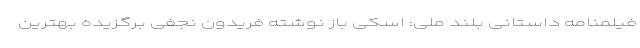
فیلمنامه داستانی بلند ملی: اسکی باز نوشته فریدون نجفی برگزیده بهترین